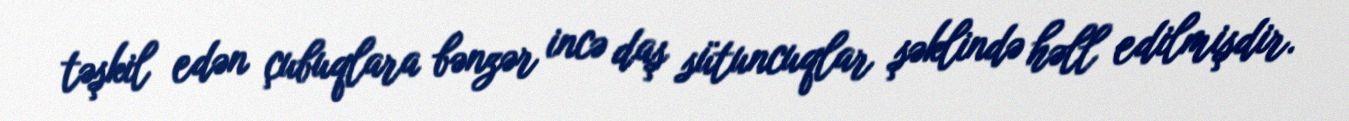
təşkil edən çubuqlara bənzər incə daş sütuncuqlar şəklində həll edilmişdir.